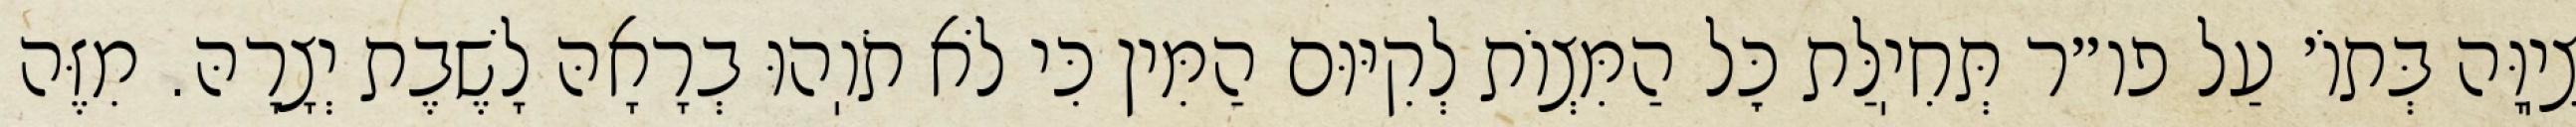
צִיֽוָּה בְּתוֹ׳ עַל פו״ר תְּחִיֽלַּת כׇּל הַמִּצְוֹת לְקִיּוּם הַמִּין כִּי לֹא תֹוֽהוּ בְרָאָהּ לָשֶׁבֶת יְצָרָהּ. מִזֶּה